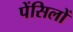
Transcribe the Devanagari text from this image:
पेंसिलों